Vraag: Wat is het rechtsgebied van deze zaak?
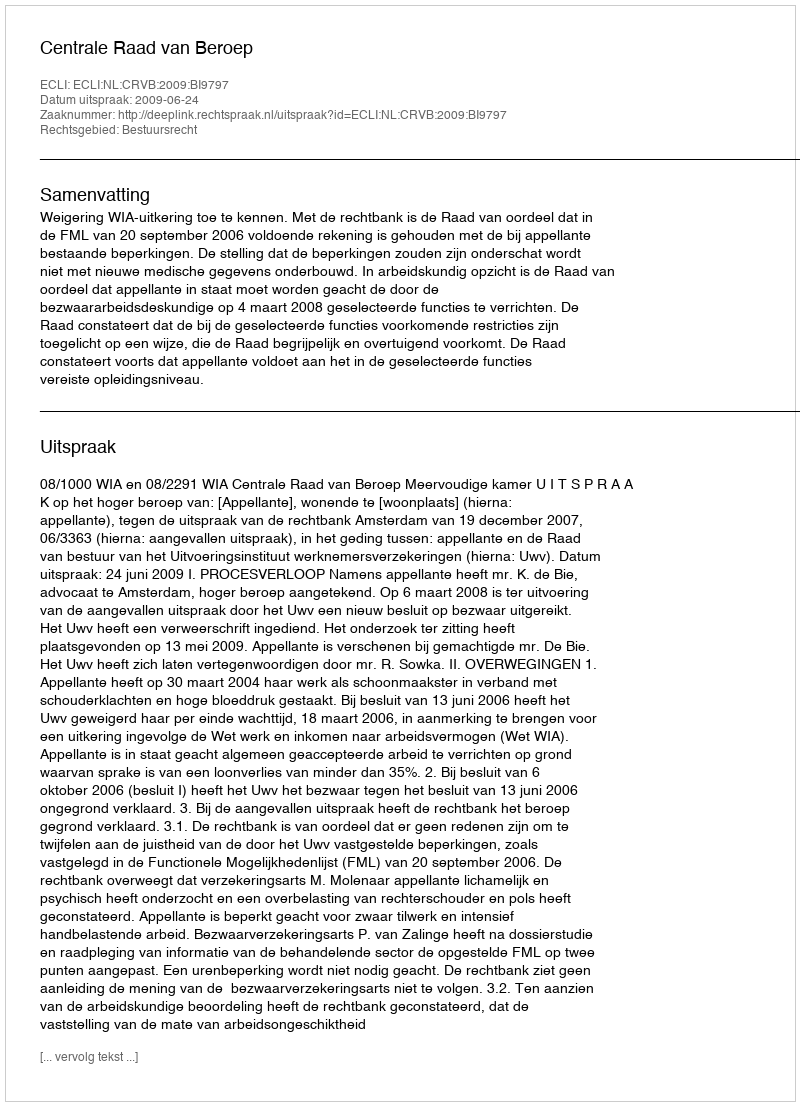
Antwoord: Bestuursrecht